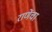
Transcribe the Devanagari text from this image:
राणेंचा